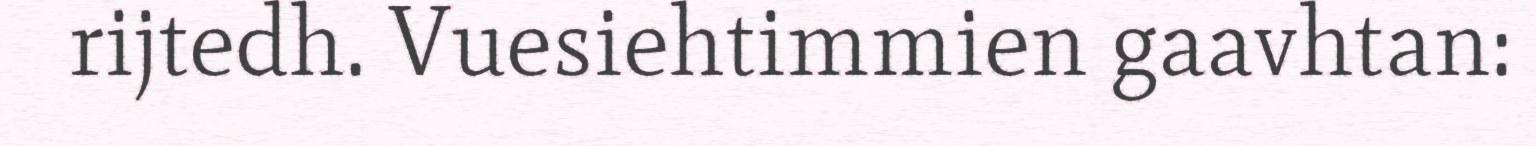
rijtedh. Vuesiehtimmien gaavhtan: